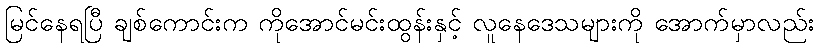
မြင်နေရပြီ ချစ်ကောင်းက ကိုအောင်မင်းထွန်းနှင့် လူနေဒေသများကို အောက်မှာလည်း